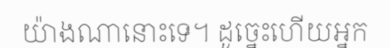
យ៉ាងណានោះទេ។ ដូច្នេះហើយអ្នក